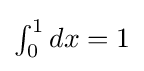
{\textstyle \int _{0}^{1}dx=1}